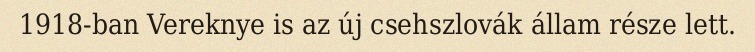
1918-ban Vereknye is az új csehszlovák állam része lett.